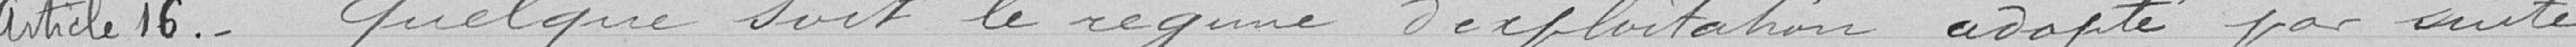
Article  : Quelque soit le régime d'exploitation adopté par suite